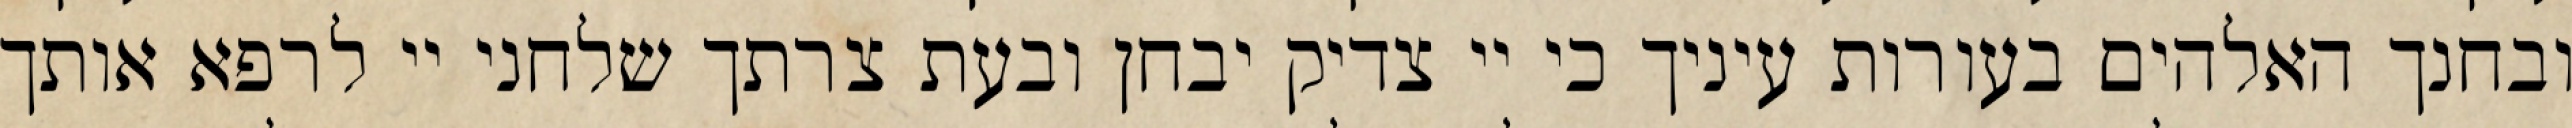
ובחנך האלהים בעורות עיניך כי יי צדיק יבחן ובעת צרתך שלחני יי לרפא אותך